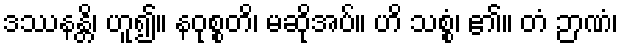
ဒဿနန္တိ၊ ဟူ၍။ နဝုစ္စတိ၊ မဆိုအပ်။ ဟိ သစ္စံ၊ ၏။ တံ ဉာဏံ၊